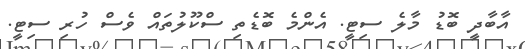
އާބާދީ ބޮޑު މާލެ ސިޓީ. އެންމެ ބޮޑެތި ސްކޫލުތައް ވެސް ހުރި ސިޓީ.